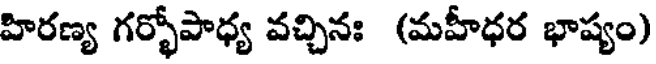
హిరణ్య గర్భోపాధ్య వచ్చినః (మహీధర భాష్యం)